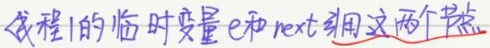
线程1的临时变量 \(e\) 和 \(next\) 引用这两个节点